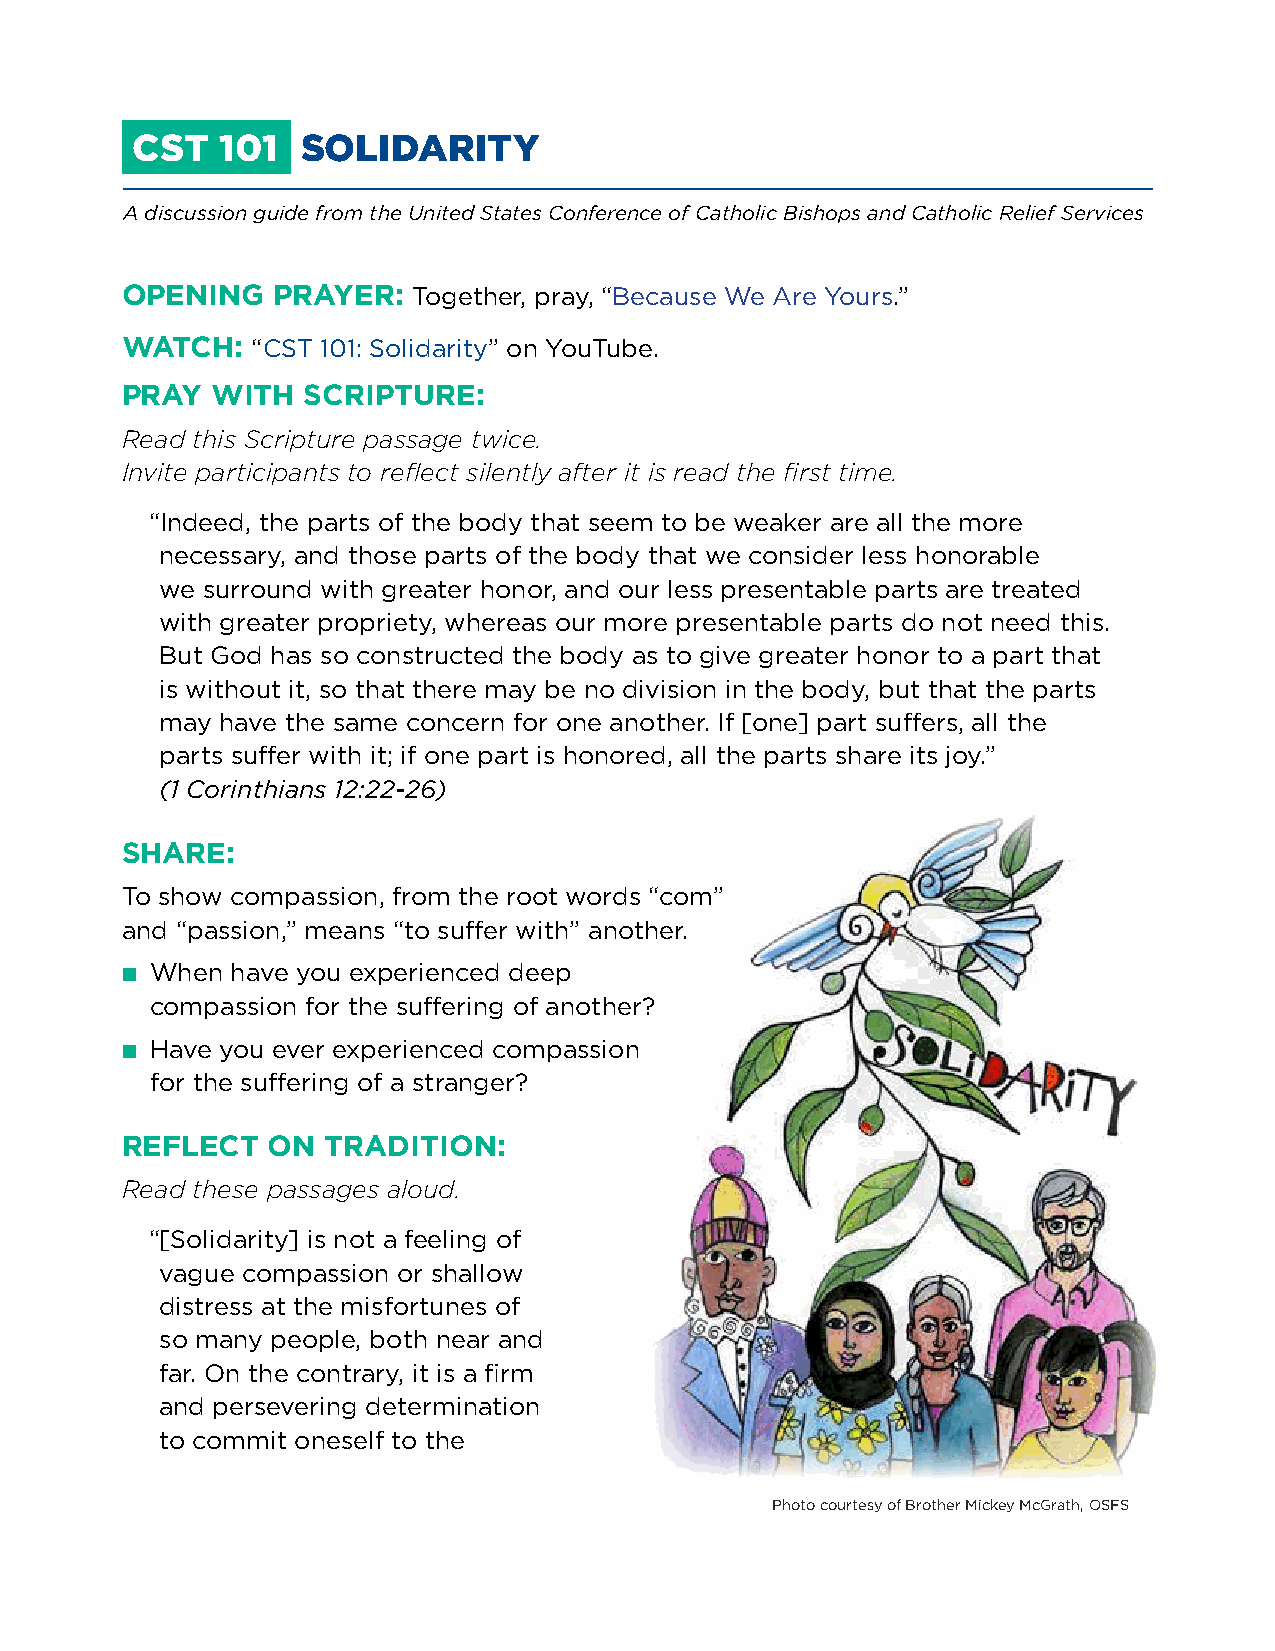
CST   101  SOLIDARITY
 A discussion guide from the United States Conference of Catholic Bishops and Catholic Relief Services
 OPENING   PRAYER:  Together, pray, “Because We Are Yours.”
 WATCH:   “CST 101: Solidarity” on YouTube.
 PRAY  WITH  SCRIPTURE:
 Read this Scripture passage twice.
 Invite participants to reflect silently after it is read the first time.
 “Indeed, the parts of the body that seem to be weaker are all the more
 necessary, and those parts of the body that we consider less honorable
 we surround with greater honor, and our less presentable parts are treated
 with greater propriety, whereas our more presentable parts do not need this.
 But God has so constructed the body as to give greater honor to a part that
 is without it, so that there may be no division in the body, but that the parts
 may have the same concern for one another. If [one] part suffers, all the
 parts suffer with it; if one part is honored, all the parts share its joy.”
 (1 Corinthians 12:22-26)
 SHARE:
 To show compassion, from the root words “com”
 and “passion,” means “to suffer with” another.
 ■ When have you experienced deep
 compassion for the suffering of another?
 ■ Have you ever experienced compassion
 for the suffering of a stranger?
 REFLECT   ON  TRADITION:
 Read these passages aloud.
 “[Solidarity] is not a feeling of
 vague compassion or shallow
 distress at the misfortunes of
 so many people, both near and
 far. On the contrary, it is a firm
 and persevering determination
 to commit oneself to the
 Photo courtesy of Brother Mickey McGrath, OSFS